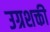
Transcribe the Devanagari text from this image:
उग्रशक्ती